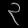
Digit: ၃